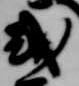
或